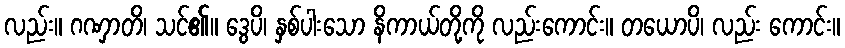
လည်း။ ဂဏှာတိ၊ သင်၏။ ဒွေပိ၊ နှစ်ပါးသော နိကာယ်တို့ကို လည်းကောင်း။ တယောပိ၊ လည်း ကောင်း။